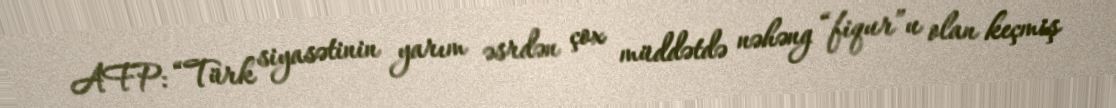
AFP: “Türk siyasətinin yarım əsrdən çox müddətdə nəhəng “fiqur”u olan keçmiş